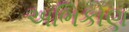
અભિકોણ